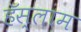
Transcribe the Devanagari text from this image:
हॅस्लाम